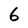
Character: 6